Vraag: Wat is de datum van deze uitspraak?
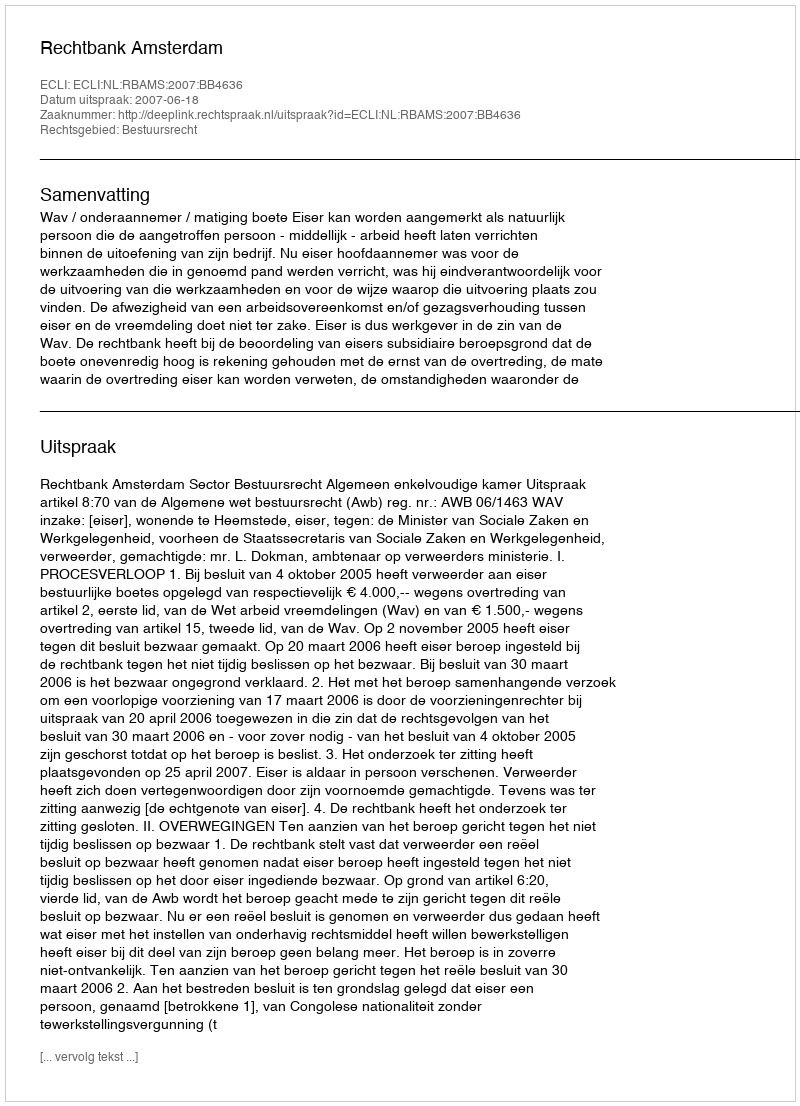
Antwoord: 2007-06-18